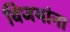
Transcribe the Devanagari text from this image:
विजयांना